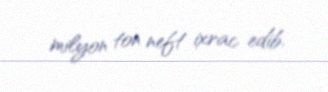
milyon ton neft ixrac edib.